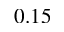
0 . 1 5